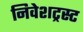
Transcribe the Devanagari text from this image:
निवेशट्रस्ट